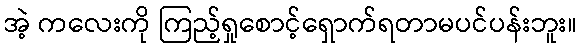
အဲ့ ကလေးကို ကြည့်ရှုစောင့်ရှောက်ရတာမပင်ပန်းဘူး။